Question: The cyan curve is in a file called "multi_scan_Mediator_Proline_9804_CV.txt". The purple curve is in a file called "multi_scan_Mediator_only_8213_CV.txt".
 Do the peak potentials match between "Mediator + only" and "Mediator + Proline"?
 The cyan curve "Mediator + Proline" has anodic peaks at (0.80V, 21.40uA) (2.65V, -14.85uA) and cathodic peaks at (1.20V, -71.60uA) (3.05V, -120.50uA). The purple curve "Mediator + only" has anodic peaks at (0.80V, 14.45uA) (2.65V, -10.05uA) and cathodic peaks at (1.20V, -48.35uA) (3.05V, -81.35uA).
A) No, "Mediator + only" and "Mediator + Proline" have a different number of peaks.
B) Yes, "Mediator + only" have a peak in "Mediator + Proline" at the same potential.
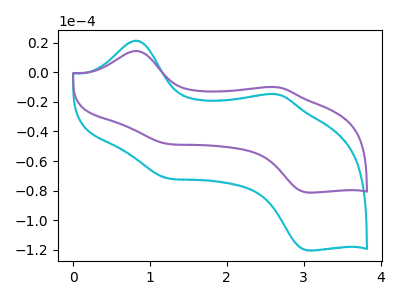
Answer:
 <answer>B) Yes, "Mediator + only" have a peak in "Mediator + Proline" at the same potential.</answer>
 <eval>B</eval>